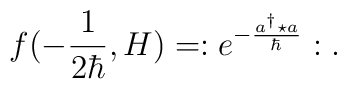
f(-\frac{1}{2\hbar},H)=:e^{-\frac{a^\dagger \star a}{\hbar}}:.